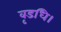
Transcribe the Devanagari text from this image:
वृडधि।